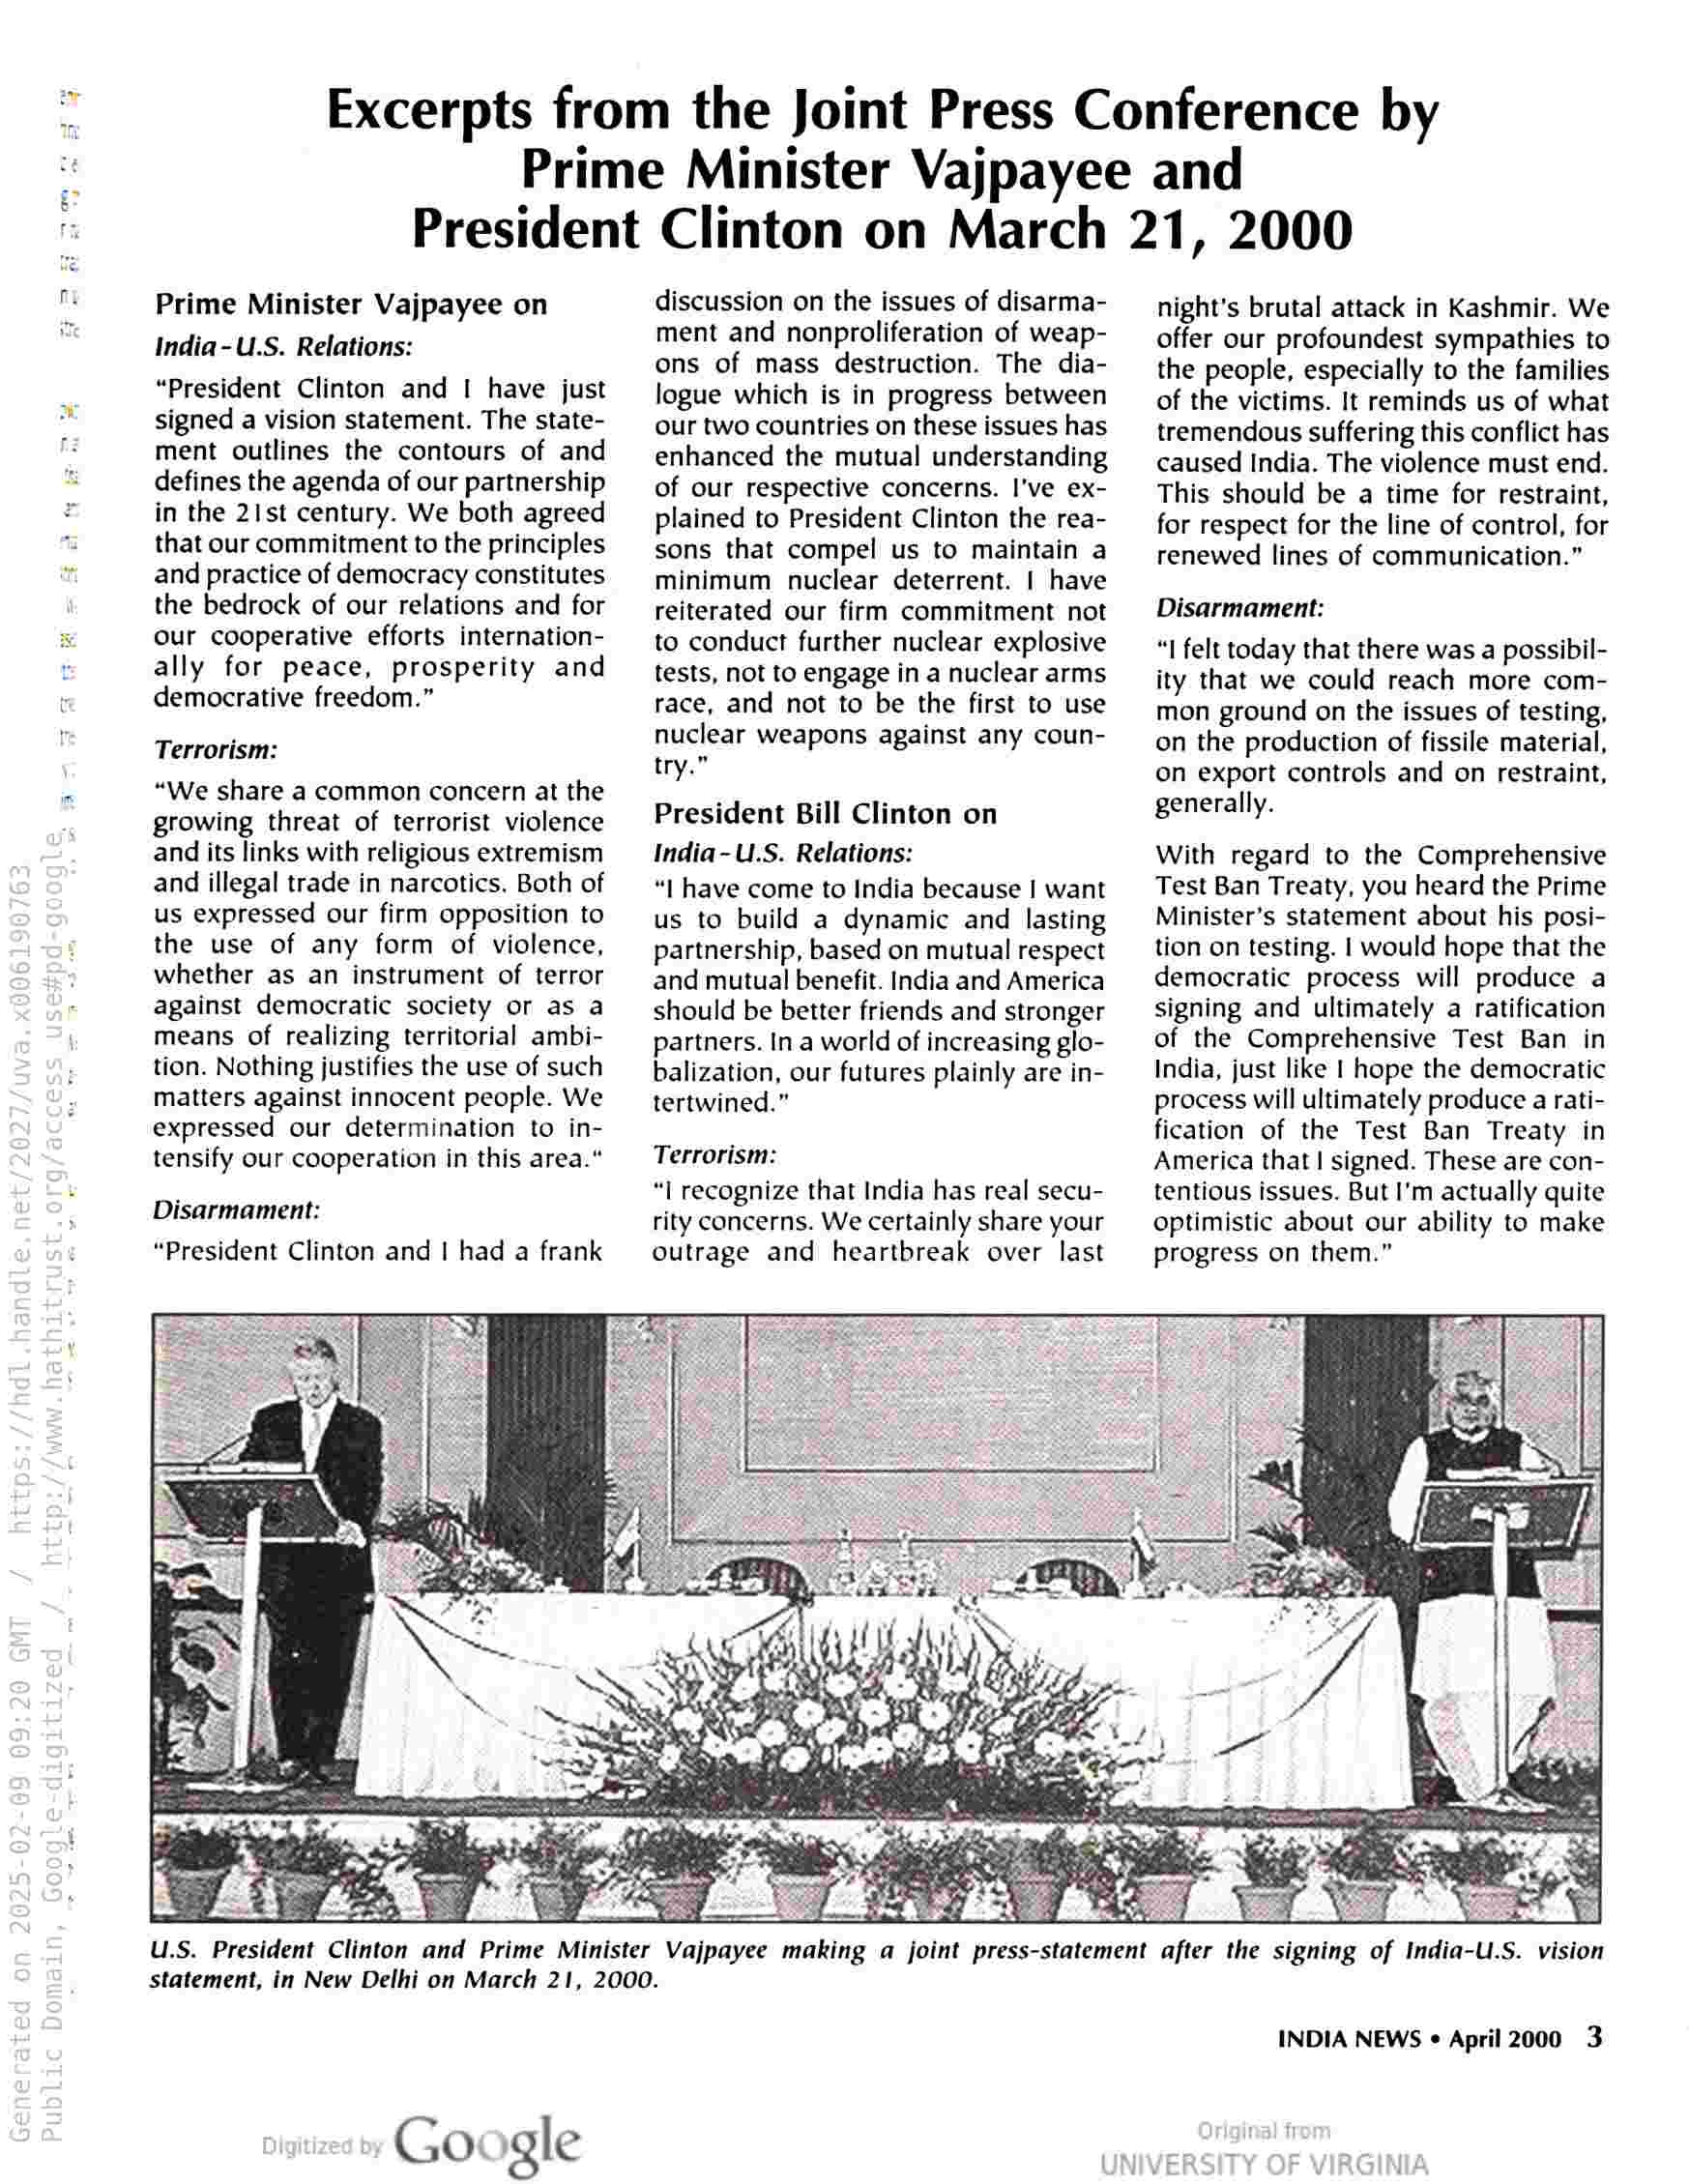
Excerpts from the Joint Press Conference by
Prime Minister Vajpayee and
President Clinton on March 21, 2000

Prime Minister Vajpayee on
India-U.S. Relations:

“President Clinton and | have just
signed a vision statement. The state-
ment outlines the contours of and
defines the agenda of our partnership
in the 21st century. We both agreed
that our commitment to the principles
and practice of democracy constitutes
the bedrock of our relations and for
our cooperative efforts internation-
ally for peace, prosperity and
democrative freedom.”

Terrorism:

“We share a common concern at the
growing threat of terrorist violence
and its links with religious extremism
and illegal trade in narcotics, Both of
us expressed our firm opposition to
the use of any form of violence,
whether as an instrument of terror
against democratic society or as a
means of realizing territorial ambi-
tion. Nothing justifies the use of such
matters against innocent people. We
expressed our determination to in-
tensify our cooperation in this area."

Disarmament:
“President Clinton and | had a frank

discussion on the issues of disarma-
ment and nonproliferation of weap-
ons of mass destruction. The dia-
logue which is in progress between
our two countries on these issues has
enhanced the mutual understanding
of our respective concerns. I've ex-
plained to President Clinton the rea-
sons that compel us to maintain a
minimum nuclear deterrent. | have
reiterated our firm commitment not
to conduct further nuclear explosive
tests, not to engage in a nuclear arms
race, and not to be the first to use
nuclear weapons against any coun-
try.”

President Bill Clinton on

India- U.S. Relations:

“| have come to India because | want
us to build a dynamic and lasting
partnership, based on mutual respect
and mutual benefit. India and America
should be better friends and stronger
partners. In a world of increasing glo-
balization, our futures plainly are in-
tertwined.”

Terrorism:

“| recognize that India has real secu-
rity concerns. We certainly share your
outrage and heartbreak over last

statement, in New Delhi on March 21, 2000.

Google

Fr Ka hear
Oy eg Be

U.S. President Clinton and Prime Minister Vajpayee making a joint press-statement after the signing of India-U.S. vision

night's brutal attack in Kashmir. We
offer our profoundest sympathies to
the people, especially to the families
of the victims. It reminds us of what
tremendous suffering this conflict has
caused India. The violence must end.
This should be a time for restraint,
for respect for the line of control, for
renewed lines of communication.”

Disarmament:

“I felt today that there was a possibil-
ity that we could reach more com-
mon ground on the issues of testing,
on the production of fissile material,
on export controls and on restraint,
generally.

With regard to the Comprehensive
Test Ban Treaty, you heard the Prime
Minister’s statement about his posi-
tion on testing. | would hope that the
democratic process will produce a
signing and ultimately a ratification
of the Comprehensive Test Ban in
India, just like | hope the democratic
process will ultimately produce a rati-
fication of the Test Ban Treaty in
America that | signed. These are con-
tentious issues. But I'm actually quite
optimistic about our ability to make
progress on them.”

INDIA NEWS ¢ April 2000 3